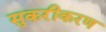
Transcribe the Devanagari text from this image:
सुकरीकरण